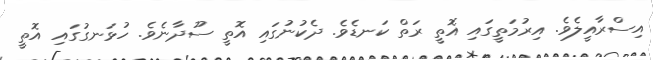
އިސްރާއީލެވެ. އިރުމަތީގައި އޮތީ ރަތް ކަނޑެވެ. ދެކުނުގައި އޮތީ ސޫދާނެވެ. ހުޅަނގުގައި އޮތީ